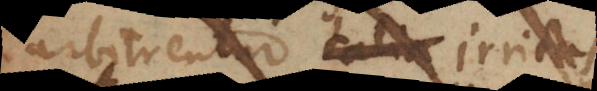
arbitrentur talia irritas